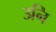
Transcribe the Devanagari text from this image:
उनि